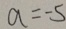
a = - 5